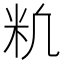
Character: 𥸱